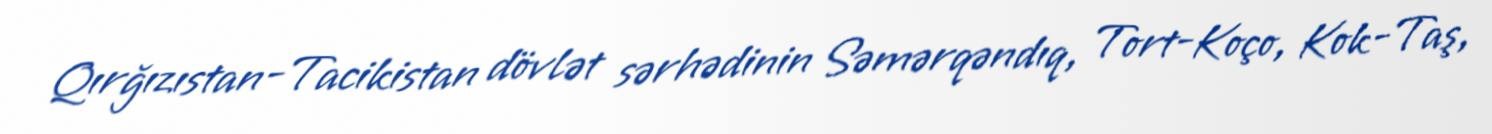
Qırğızıstan-Tacikistan dövlət sərhədinin Səmərqəndıq, Tort-Koço, Kok-Taş,